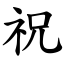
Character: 祝